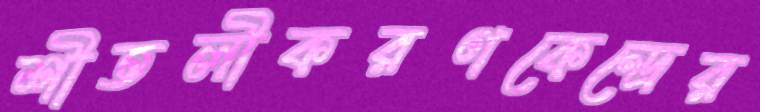
শীতলীকরণকেন্দ্রের